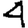
Digit: 4